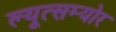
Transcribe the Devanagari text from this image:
ल्यूत्सम्योर